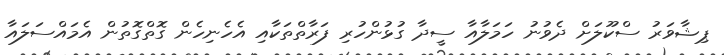
ޕިޝާވަރު ސްކޫލަށް ދެވުނު ހަމަލާއާ ސީދާ ގުޅުންހުރި ފަރާތްތަކާއި އެހެނިހެން ގޮތްގޮތުން އެމައްސަލައާ